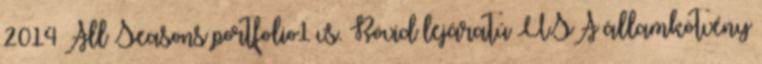
2014 All Seasons portfolio1 vs. Rövid lejáratú USA államkötvény